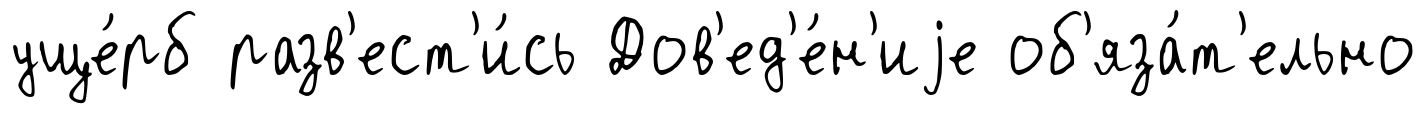
уще́рб разв'ест'и́сь Дов'ед'е́н'иjе об'яза́т'ельно